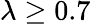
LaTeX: \lambda\ge 0.7